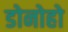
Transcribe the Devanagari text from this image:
डोनोहो